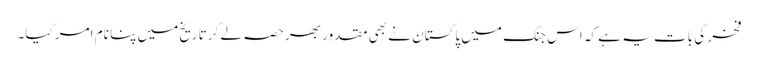
فخر کی بات یہ ہے کہ اس جنگ میں پاکستان نے بھی مقدور بھر حصہ لے کر تاریخ میں پنا نام امر کیا۔